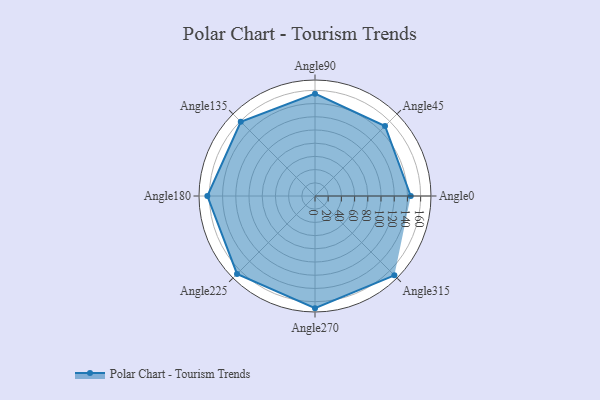
{"axis": {"x": "Angle", "y": "Radius"}, "legend": [""], "data": [{"x": "Angle0", "y": 145.0, "type": ""}, {"x": "Angle45", "y": 150.0, "type": ""}, {"x": "Angle90", "y": 155.0, "type": ""}, {"x": "Angle135", "y": 159.0, "type": ""}, {"x": "Angle180", "y": 163.0, "type": ""}, {"x": "Angle225", "y": 167.0, "type": ""}, {"x": "Angle270", "y": 170, "type": ""}, {"x": "Angle315", "y": 170, "type": ""}]}